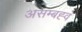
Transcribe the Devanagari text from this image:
असम्बह्व